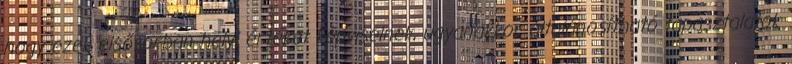
hogy ezek elsősorban helyi értéket képviselnek, ugyanakkor általánosítható tapasztalatok